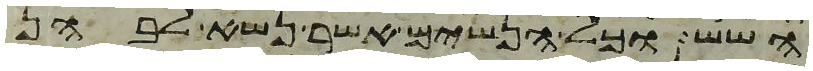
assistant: השש וכל הנשים אשר נשא לבהן